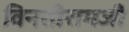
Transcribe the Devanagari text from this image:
विनतीरामजी